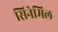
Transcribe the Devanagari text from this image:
सिनेमिल